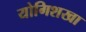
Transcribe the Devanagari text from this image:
योगिशखा